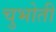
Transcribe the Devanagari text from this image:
चुभोती